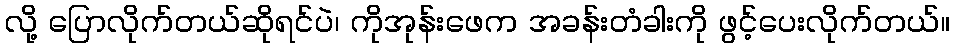
လို့ ပြောလိုက်တယ်ဆိုရင်ပဲ၊ ကိုအုန်းဖေက အခန်းတံခါးကို ဖွင့်ပေးလိုက်တယ်။